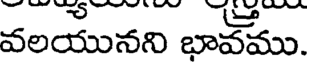
వలయునని భావము.